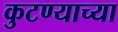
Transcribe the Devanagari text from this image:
कुटण्याच्या